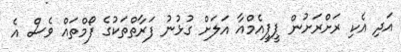
އަދި އެކި ރަށްރަށުން ޕީޕީއެމްއާ އަލަށް ގުޅުނު ފަރާތްތަކުގެ ފޯމްތައް ވެސް އެ